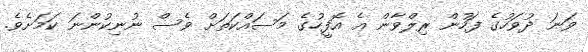
ވަނަ ދުވަހުގެ ފަހުން ރިލްވާން އެ އޮފީހުގެ މަސައްކަތަށް ވެސް ނުނިކުންނަ ކަމަށެވެ.